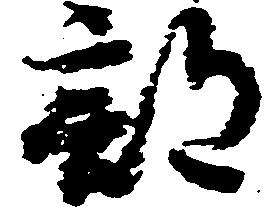
部